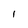
Character: I